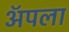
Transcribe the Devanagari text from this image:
अॅपला